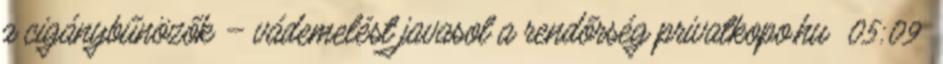
a cigánybűnözők – vádemelést javasol a rendőrség privatkopo.hu 05:09